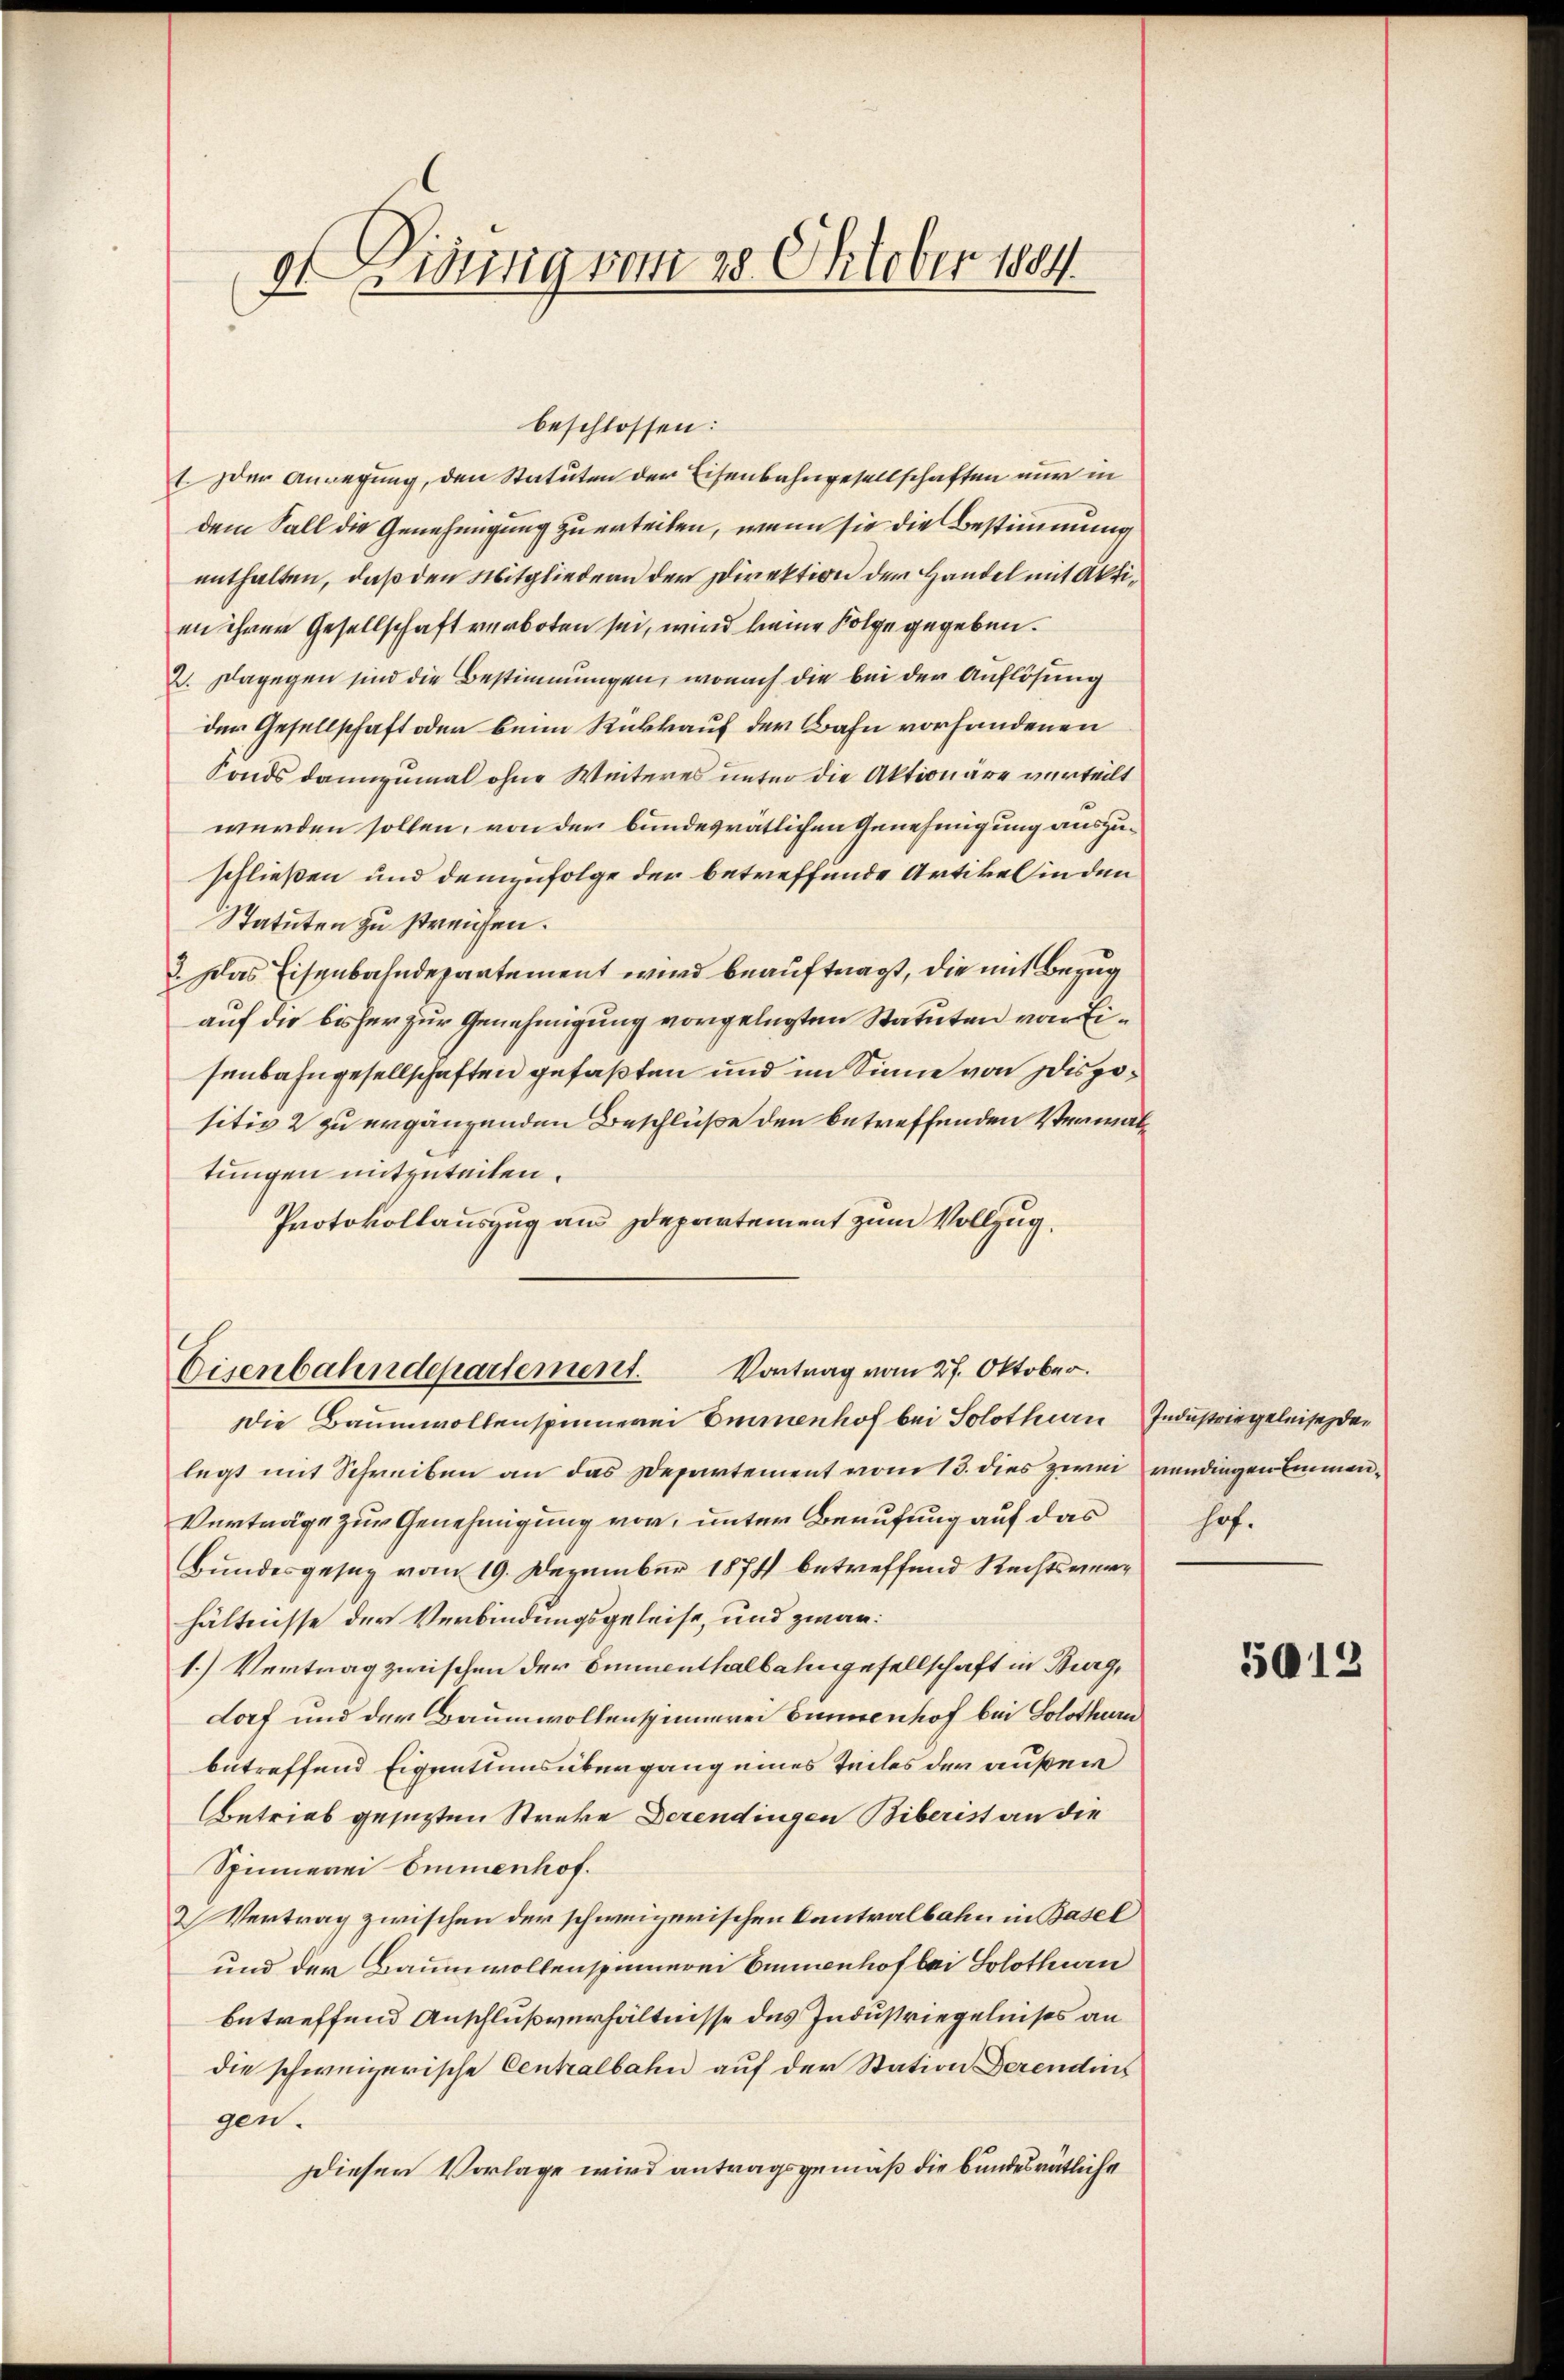
dt Lisung vom 28. Oktober 1884

beschlossen:
1. Der Anregung, den Statuten der Eisenbahngesellschaften nur in
dem Sall die Genehmigung zu erteilen, wenn sie die Bestimmung
enthalten, daß den Mitgliedern der Direktion der Handel mit Aktian ihrer Gesellschaft verboten sei, wird keine Folge gegeben.
2. Dagegen sind die Bestimmungen, wonach die bei der Auflösung
der Gesellschaft oder beim Rückkauf der Bahn vorhandenen
Fonds dannzumal ohne Weiteres unter die Aktionäre verteilt
werden sollen, von der bundesrätlichen Genehmigung auszuschließen und demzufolge der betreffende Artikel in den
Statuten zu streichen.
3. Das Eisenbahndepartement wird beauftragt, die mit Bezug
auf die bisher zur Genehmigung vorgelegten Statuten von Eisenbahngesellschaften gefaßten und im Sinne von Dispositiv 2 zu ergänzenden Beschlüße den betreffenden Verwaltungen mitzuteilen.
Protokollauszug am Departement zum Vollzug.

Eisenbahndepartement. Vortrag vom 27. Oktober.

Die Baumwollenspinnerei Emmenhof bei Solothurn Industrie geleise den
legt mit Schreiben an das Departement vom 13. dies zwei vendingen Emmen¬
Verträge zur Genehmigung vor, unter Berufung auf das
Bundesgesez vom 19. Dezember 1874 betreffend Rechtsverhältnisse der Verbindungsgeleise, und zwar:
1.) Vertrag zwischen der Emmenthalbahngesellschaft in Burg,
dorf und der Baumwollenspinnerei Eunnenhof bei Solothurn
betreffend Eigentumsübergang eines teiles der außer
Betrieb gesezten Streke Derendingen Biberist an die
Spinnerei Emmenhof.
& Vertrag zwischen der schweizerischen Cantralbahn in Basel
und der Baumwollenspinnerei Emmenhof bei Solothurn
betreffend Anschlußverhältnisse des Industriegelnises an
die schweizerische Centralbahn auf der Station derendins
gen.
Dieser Vorlage wird antragsgemäß die bundesrätliche

hof.

5012